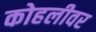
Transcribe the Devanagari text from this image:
कोहलीवर